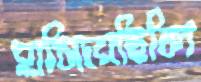
হাসিয়েছিলি